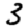
Digit: 3